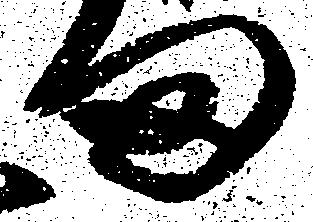
ま